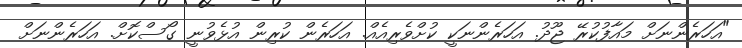
"އަހަރެންނަށް މައާފުކުރޭ ޖޫދު. އަހަރެންނަކީ ކުށްވެރިއެއް. އަހަރެން ކުރިން އުޅެވުނީ ގޯސްކޮށް. އަހަރެންނަށް